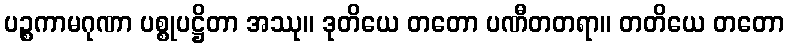
ပဉ္စကာမဂုဏာ ပစ္စုပဋ္ဌိတာ အဿု။ ဒုတိယေ တတော ပဏီတတရာ။ တတိယေ တတော